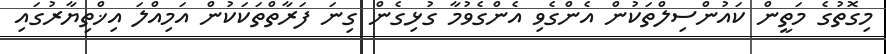
މިގޮތުގެ މަތީން ކައުންސިލްތަކުން އެންގެވި އެންގެވުމާ ގުޅިގެން ގިނަ ފަރާތްތަކަކުން އަމިއްލަ އިޚްތިޔާރުގައި